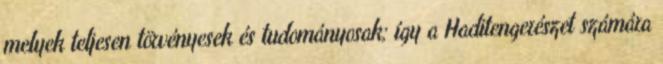
melyek teljesen törvényesek és tudományosak; így a Haditengerészet számára